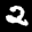
Label: 2